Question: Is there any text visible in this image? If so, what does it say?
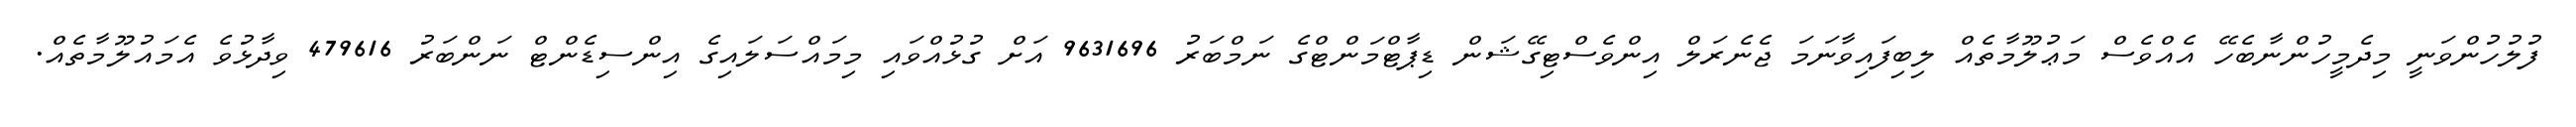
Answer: ފުލުހުންވަނީ މިދެމީހުންނާބެހޭ އެއްވެސް މަޢުލޫމާތެއް ލިބިފައިވާނަމަ ޖެނެރަލް އިންވެސްޓިގޭޝަން ޑިޕާޓްމަންޓްގެ ނަމްބަރު 9631696 އަށް ގުޅުއްވައި މިމައްސަލައިގެ އިންސިޑެންޓް ނަންބަރު 479616 ވިދާޅުވެ އެމައުލޫމާތެއް.